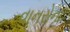
વાનરોના